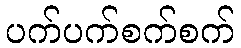
ပက်ပက်စက်စက်